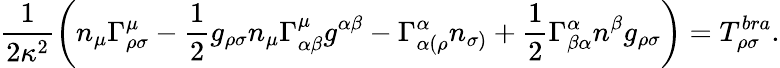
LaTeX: \frac{1}{2\kappa^{2}}\left(n_{\mu}\Gamma_{\rho\sigma}^{\mu}-\frac{1}{2}g_{\rho\sigma}n_{\mu}\Gamma_{\alpha\beta}^{\mu}g^{\alpha\beta}-\Gamma_{\alpha(\rho}^{\alpha}n_{\sigma)}+\frac{1}{2}\Gamma_{\beta\alpha}^{\alpha}n^{\beta}g_{\rho\sigma}\right)=T_{\rho\sigma}^{bra}.